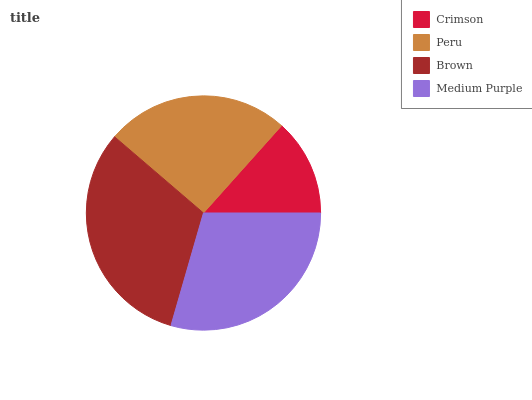
| Crimson | Peru | Brown | Medium Purple |
 | --- | --- | --- | --- |
 | 13.4% | 25.3% | 31.8% | 29.5% |